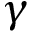
\gamma